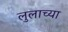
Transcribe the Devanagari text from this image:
लुलाच्या